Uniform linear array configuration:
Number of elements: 12
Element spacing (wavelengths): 0.75
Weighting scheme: uniform
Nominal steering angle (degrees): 15
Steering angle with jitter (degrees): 13.167
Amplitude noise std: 0.05
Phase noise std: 0.05

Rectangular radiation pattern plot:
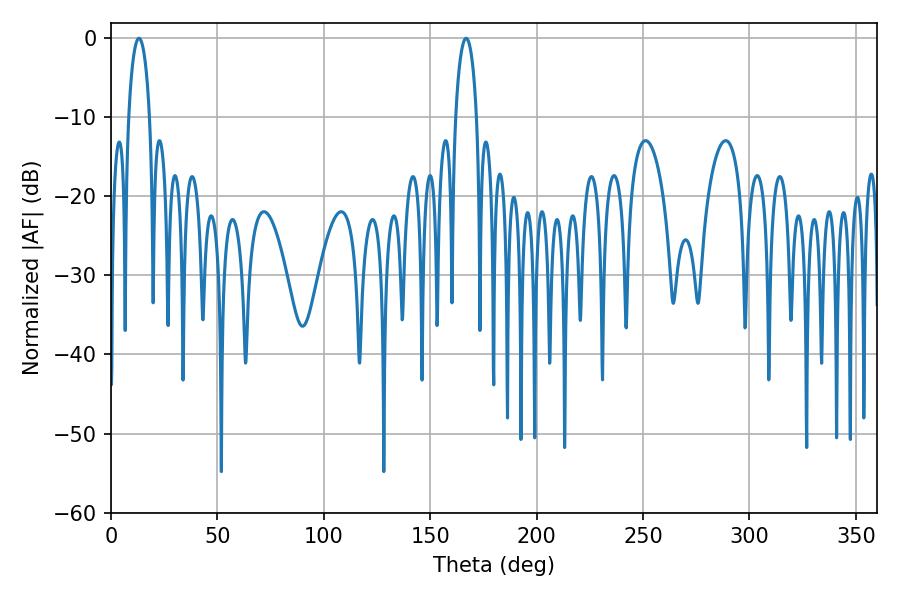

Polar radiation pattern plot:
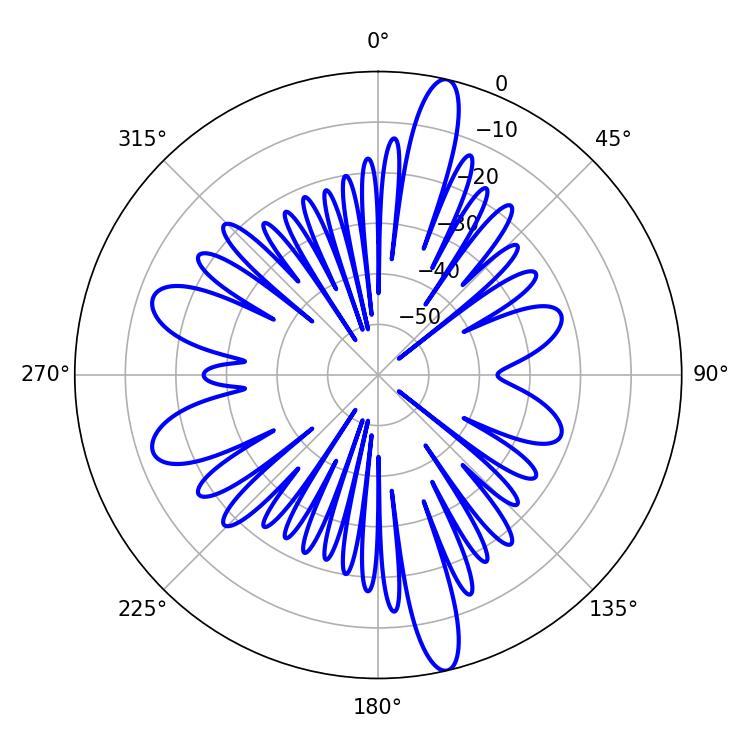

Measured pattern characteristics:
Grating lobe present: TRUE
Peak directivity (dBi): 17.922
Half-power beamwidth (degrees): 5.76
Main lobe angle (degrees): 13.14